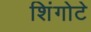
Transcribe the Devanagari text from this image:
शिंगोटे